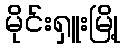
မိုင်းရှူးမြို့